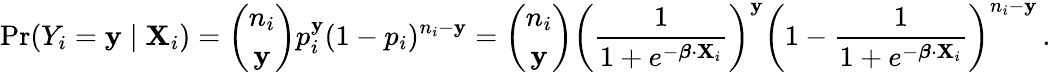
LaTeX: \operatorname*{Pr}(Y_{i}=\mathbf{y}\mid\mathbf{{X}}_{i})={\binom{n_{i}}{\mathbf{y}}}p_{i}^{\mathbf{y}}(1-p_{i})^{n_{i}-\mathbf{y}}={\binom{n_{i}}{\mathbf{y}}}\left({\frac{{1}}{{1+e^{-{\boldsymbol{\beta}}\cdot\mathbf{{X}}_{i}}}}}\right)^{\mathbf{y}}\left(1-{\frac{{1}}{{1+e^{-{\boldsymbol{\beta}}\cdot\mathbf{{X}}_{i}}}}}\right)^{n_{i}-\mathbf{y}}\, .